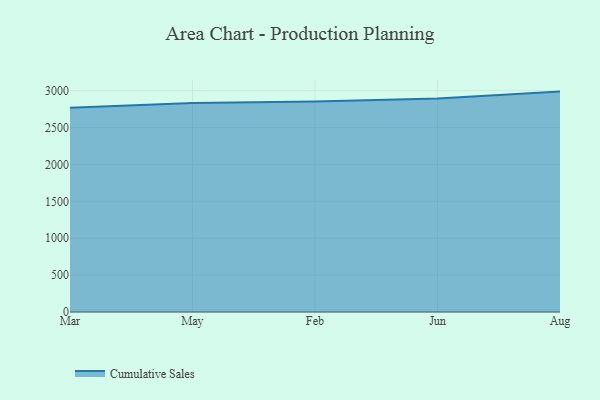
{"axis": {"x": "Month", "y": "Page Views"}, "legend": ["Cumulative Sales"], "data": [{"x": "Mar", "y": 2766.6, "type": "Cumulative Sales"}, {"x": "May", "y": 2831.5, "type": "Cumulative Sales"}, {"x": "Feb", "y": 2852.3, "type": "Cumulative Sales"}, {"x": "Jun", "y": 2892.6, "type": "Cumulative Sales"}, {"x": "Aug", "y": 2986.9, "type": "Cumulative Sales"}]}